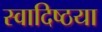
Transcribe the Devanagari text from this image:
स्वादिष्ठया